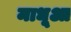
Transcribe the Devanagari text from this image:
माधूआ